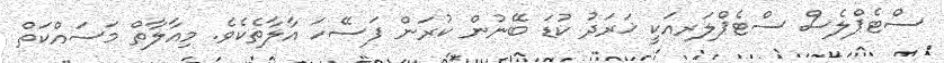
ސްޓެޕްލެސް ސްޓެޕްލަރއަކީ ޚަރަދު ކުޑަ ބޭނުން ކުރަން ފަސޭހަ އާލާތެކެވެ. މިއާލާތް މަސައްކަތް